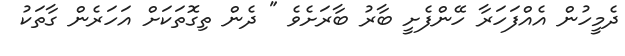
ދެމީހުން އެއްފަހަރާ ހޭންފެށީ ބާރު ބާރަށެވެ " ދެން ތިގޮތަކަށް އަހަރެން ގާތަކު